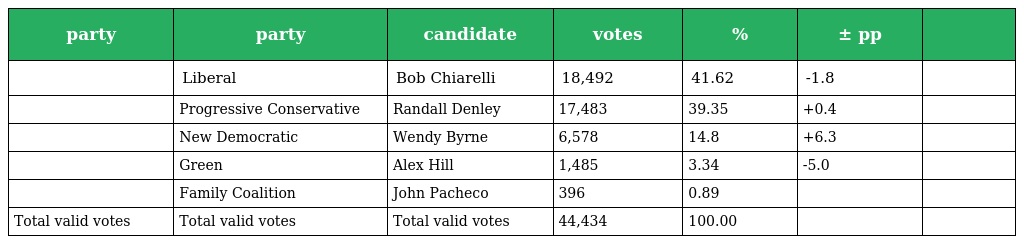
| party | party | candidate | votes | % | ± pp |  |
 | --- | --- | --- | --- | --- | --- | --- |
 |  | Liberal | Bob Chiarelli | 18,492 | 41.62 | -1.8 |  |
 |  | Progressive Conservative | Randall Denley | 17,483 | 39.35 | +0.4 |  |
 |  | New Democratic | Wendy Byrne | 6,578 | 14.8 | +6.3 |  |
 |  | Green | Alex Hill | 1,485 | 3.34 | -5.0 |  |
 |  | Family Coalition | John Pacheco | 396 | 0.89 |  |  |
 | Total valid votes | Total valid votes | Total valid votes | 44,434 | 100.00 |  |  |